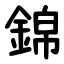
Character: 錦